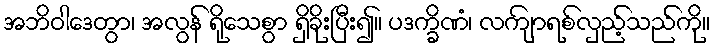
အဘိဝါဒေတွာ၊ အလွန် ရိုသေစွာ ရှိခိုးပြီး၍။ ပဒက္ခိဏံ၊ လကျ်ာရစ်လှည့်သည်ကို။